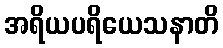
အရိယပရိယေသနာတိ